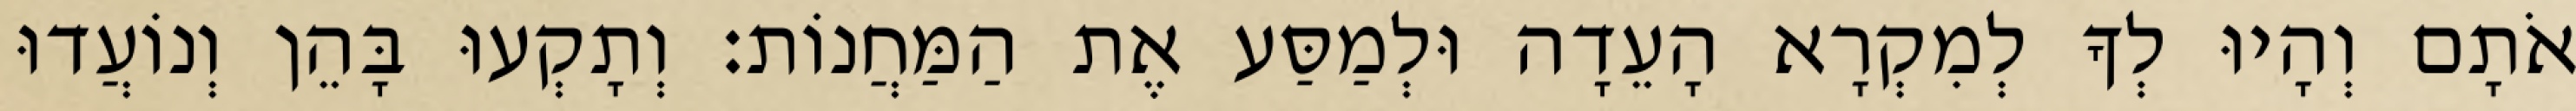
אֹתָם וְהָיוּ לְךָ לְמִקְרָא הָעֵדָה וּלְמַסַּע אֶת הַמַּחֲנוֹת׃ וְתָקְעוּ בָּהֵן וְנוֹעֲדוּ